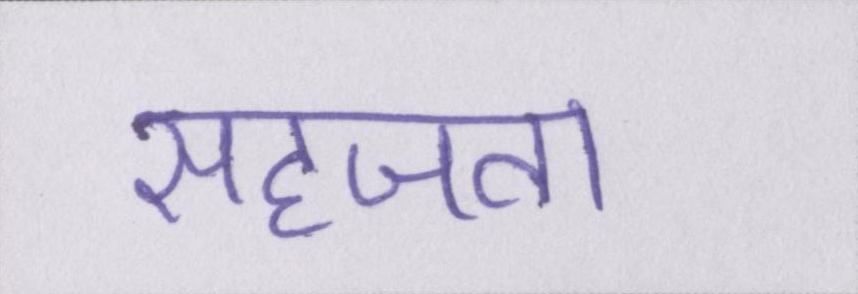
सहजता